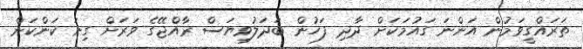
ތަރައްގީވަމުން އަންނަ ގައުމަކަށް ދާދި ފަހުން ބަދަލުވިޔަސް ރާއްޖޭގެ ވަރަށް ގިނަ ކަންކަން